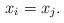
LaTeX: \begin{align*}x_i=x_j.\end{align*}